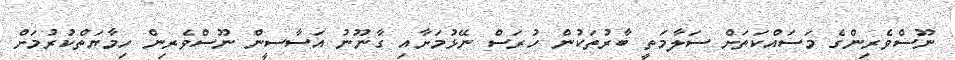
ނޫސްވެރިންގެ މަސައްކަތަށް ސަލާމަތީ ބާރުތަކުން ހުރަސް ނޭޅުމަށާއި ގާނޫނު އަސާސީން ނޫސްވެރިން ހިމާޔަތްކުރުމަށް